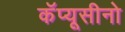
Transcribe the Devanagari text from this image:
कॅप्यूसीनो